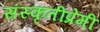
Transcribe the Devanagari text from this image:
संस्कृतीप्रेमी